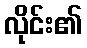
လိုင်း၏